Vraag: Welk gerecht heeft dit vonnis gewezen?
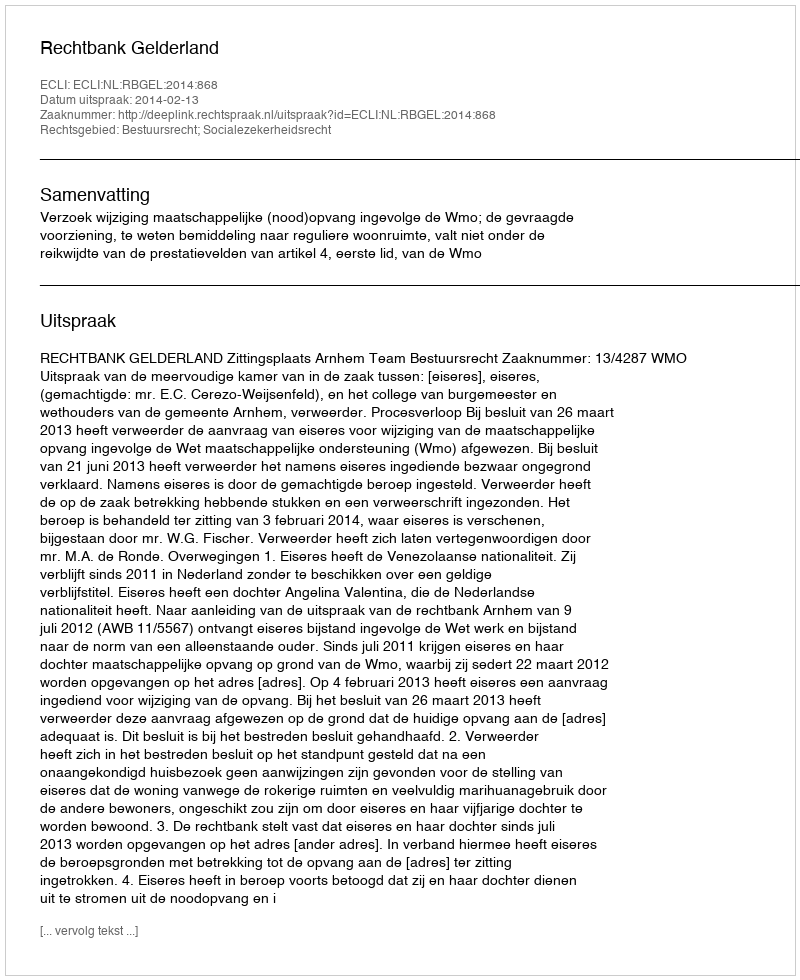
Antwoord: Rechtbank Gelderland